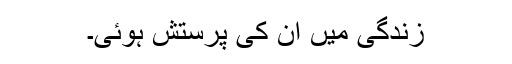
زندگی میں ان كی پرستش ہوئی۔